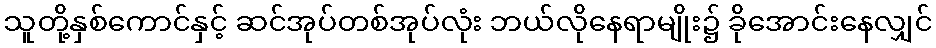
သူတို့နှစ်ကောင်နှင့် ဆင်အုပ်တစ်အုပ်လုံး ဘယ်လိုနေရာမျိုး၌ ခိုအောင်းနေလျှင်